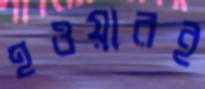
হওয়ারই